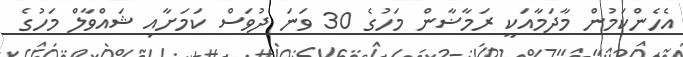
އެހެންކަމުން މާދަމާއަކީ ރަމާޟާން މަހުގެ 30 ވަނަ ދުވަސް ކަމަށާއި ޝައްވާލް މަހުގެ